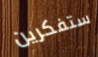
ستفكرين